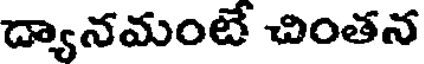
ద్యానమంటే చింతన